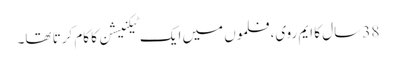
38 سال کا ایم روی، فلموں میں ایک ٹیکنیشن کا کام کرتا تھا۔